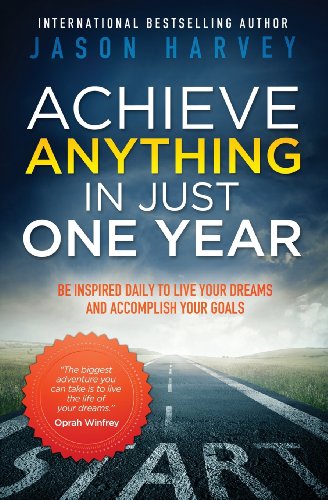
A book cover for Achieve Anything in Just One Year: Be Inspired Daily to Live Your Dreams and Accomplish Your Goals; Jason Harvey; Self-Help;